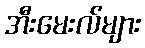
အီးမေးလ်များ